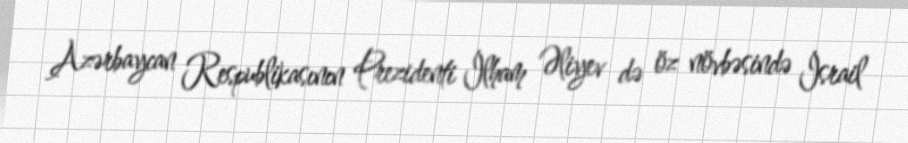
Azərbaycan Respublikasının Prezidenti İlham Əliyev də öz növbəsində İsrail